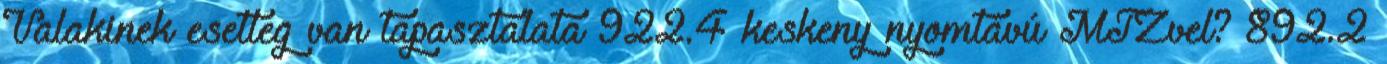
Valakinek esetleg van tapasztalata 922.4 keskeny nyomtávú MTZvel? 892.2